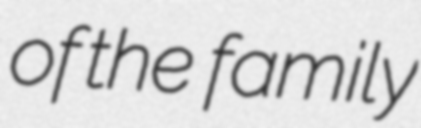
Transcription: of the  family